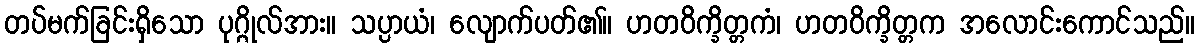
တပ်မက်ခြင်းရှိသော ပုဂ္ဂိုလ်အား။ သပ္ပာယံ၊ လျောက်ပတ်၏။ ဟတဝိက္ခိတ္တကံ၊ ဟတဝိက္ခိတ္တက အလောင်းကောင်သည်။